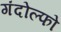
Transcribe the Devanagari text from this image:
गंदोल्फो